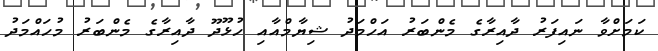
ކަމަށްވާ ނައިފަރު ދާއިރާގެ މެންބަރު އަހްމަދު ޝިޔާމްއާއި ހުޅޫދޫ ދާއިރާގެ މެންބަރު މުހައްމަދު